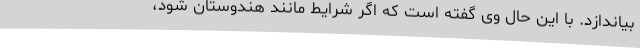
بیاندازد. با این حال وی گفته است که اگر شرایط مانند هندوستان شود،